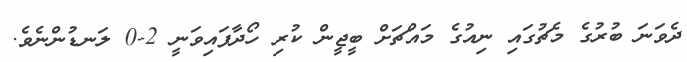
ދެވަނަ ބުރުގެ މެޗުގައި ނިއުގެ މައްޗަށް ބީޖީން ކުރި ހޯދާފައިވަނީ 2-0 ލަނޑުންނެވެ.